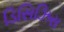
ડિસિઝિસ